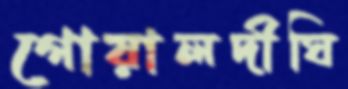
গোয়ালদীঘি